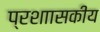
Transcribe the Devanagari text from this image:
प्रशाासकीय